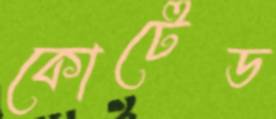
কোটেড